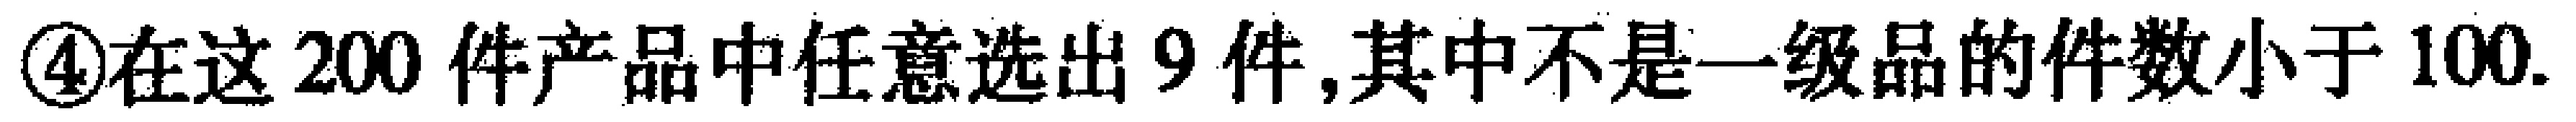
\textcircled{4}在这200件产品中任意选出9件,其中不是一级品的件数小于100.